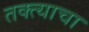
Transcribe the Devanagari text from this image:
तक्त्याचा